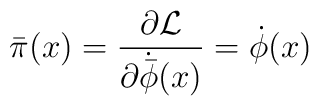
{\bar \pi}(x) = \frac{\partial {\cal L}}{\partial {\dot {\bar \phi}}(x)} ={\dot \phi}(x)